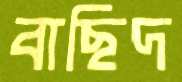
বাছিদ